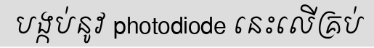
បង្កប់នូវ photodiode នេះលើគ្រប់